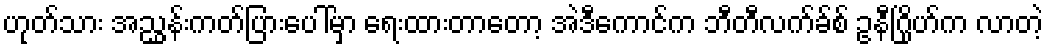
ဟုတ်သား အညွှန်းကတ်ပြားပေါ်မှာ ရေးထားတာတော့ အဲဒီကောင်က ဘီတီလက်ခ်စ် ဥနီဂြိုဟ်က လာတဲ့